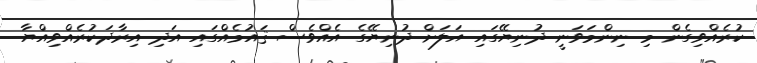
ކުރެއްވިގެން މި ނިންމަވަނީ ދުނިޔޭގައި އަލަށް ދުނިޔޭގެ އެއްވެސް ޤައުމެއްގައި އަދި އިރާދަކުރެއްވިއްޔާ